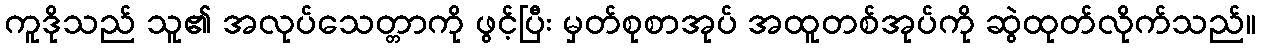
ကူဒိုသည် သူ၏ အလုပ်သေတ္တာကို ဖွင့်ပြီး မှတ်စုစာအုပ် အထူတစ်အုပ်ကို ဆွဲထုတ်လိုက်သည်။